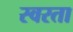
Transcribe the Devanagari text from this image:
स्वरता